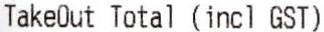
TAKEOUT TOTAL (INCL GST)